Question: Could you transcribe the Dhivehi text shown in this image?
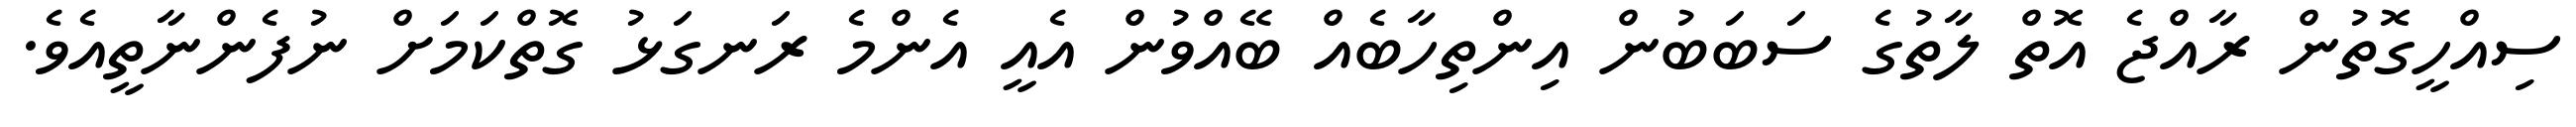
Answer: ސިއްހީގޮތުން ރާއްޖެ އޮތް ލާތުގެ ސަބަބުން އިންތިހާބެއް ބޭއްވުން އެއީ އެންމެ ރަނގަޅު ގޮތްކަމަށް ނުފެންނާތީއެވެ.